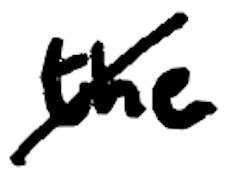
Text: the
Cross-out: diagonal
Writing tool: digital_black